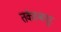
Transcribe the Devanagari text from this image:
तर्करुबपुर